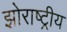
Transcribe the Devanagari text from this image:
झोराष्ट्रीय